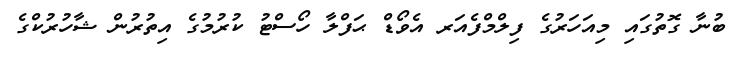
ބުނާ ގޮތުގައި މިއަހަރުގެ ފިލްމްފެއަރ އެވޯޑް ޙަފްލާ ހޯސްޓު ކުރުމުގެ އިތުރުން ޝާހުރުކްގެ